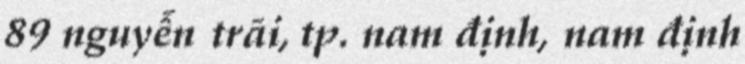
89 nguyễn trãi, tp. nam định, nam định